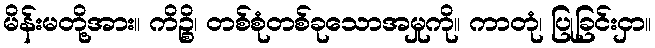
မိန်းမတို့အား။ ကိဉ္စိ၊ တစ်စုံတစ်ခုသောအမှုကို။ ကာတုံ၊ ပြုခြင်းငှာ။